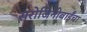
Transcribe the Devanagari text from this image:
सरोजिनीबाईंचा